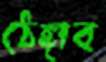
ঠেঙ্গাব